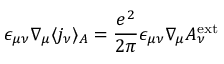
\epsilon _ { \mu \nu } \nabla _ { \mu } \langle j _ { \nu } \rangle _ { A } = \frac { e ^ { 2 } } { 2 \pi } \epsilon _ { \mu \nu } \nabla _ { \mu } A _ { \nu } ^ { \mathrm { e x t } }